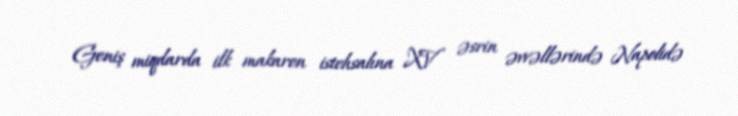
Geniş miqdarda ilk makaron istehsalına XV əsrin əvvəllərində Napolidə